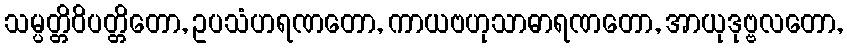
သမ္ပတ္တိဝိပတ္တိတော, ဥပသံဟရဏတော, ကာယဗဟုသာဓာရဏတော, အာယုဒုဗ္ဗလတော,